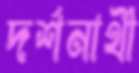
দর্শনার্থী